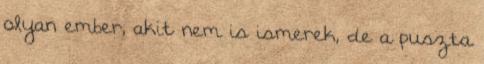
olyan ember, akit nem is ismerek, de a puszta